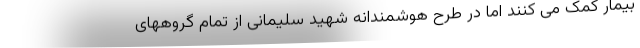
بیمار کمک می کنند اما در طرح هوشمندانه شهید سلیمانی از تمام گروههای